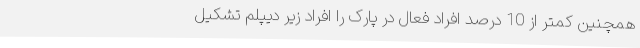
همچنین کمتر از 10 درصد افراد فعال در پارک را افراد زیر دیپلم تشکیل